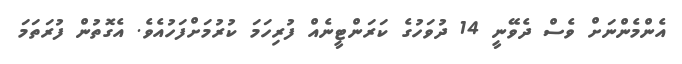
އެންމެންނަށް ވެސް ދެވޭނީ 14 ދުވަހުގެ ކަރަންޓީނެއް ފުރިހަމަ ކުރުމަށްފަހުއެވެ. އެގޮތުން ފުރަތަމަ